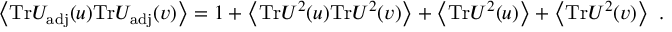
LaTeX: \left< \mathrm { T r } U _ { \mathrm { a d j } } ( u ) \mathrm { T r } U _ { \mathrm { a d j } } ( v ) \right> = 1 + \left< \mathrm { T r } U ^ { 2 } ( u ) \mathrm { T r } U ^ { 2 } ( v ) \right> + \left< \mathrm { T r } U ^ { 2 } ( u ) \right> + \left< \mathrm { T r } U ^ { 2 } ( v ) \right> \ .